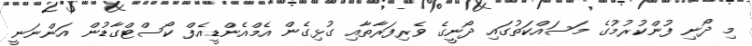
މި ދޯނި ފުންކުރުމުގެ މަސައްކަތުގައި ދޯނީގެ ވެރިފަރާތާއި ގުޅިގެން އެމްއެންޑީއެފް ކޯސްޓްގާޑުން އަންނަނީ